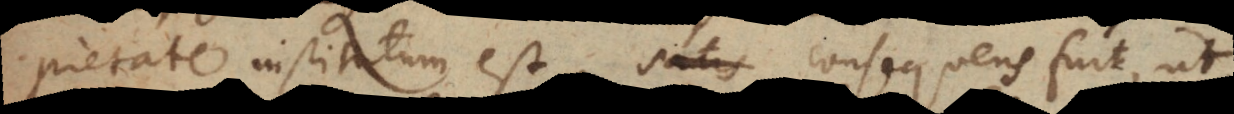
pietate institutum est, satis consequens fuit ut